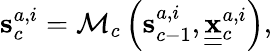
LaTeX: {\mathbf{s}}_{c}^{a,i}={\cal{M}}_{c}\left({\mathbf s}_{c-1}^{a,i},\underline{{\underline{{\mathbf x}}}}{}_{c}^{a,i}\right),